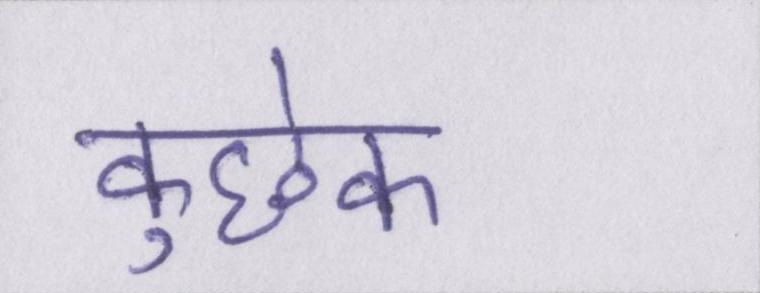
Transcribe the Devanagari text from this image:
कुछेक